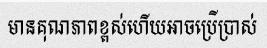
មានគុណភាពខ្ពស់ហើយអាចប្រើប្រាស់